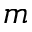
m